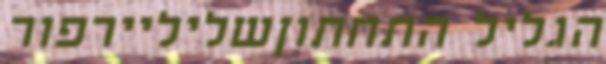
הגליל התחתוןשליליירפור